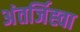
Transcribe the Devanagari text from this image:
अंतर्जिह्वा